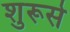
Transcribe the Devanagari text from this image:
शुरूसे